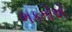
ભકતોએ